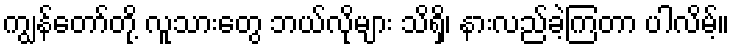
ကျွန်တော်တို့ လူသားတွေ ဘယ်လိုများ သိရှိ၊ နားလည်ခဲ့ကြတာ ပါလိမ့်။